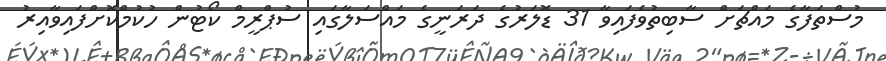
މުސްތަފާގެ މައްޗަށް ސާބިތުވެފައިވާ 31 ޑޮލަރުގެ ދަރަނީގެ މައްސަލާގައި ސުޕްރީމް ކޯޓުން ހުކުމްކޮށްފައިވާއިރު